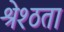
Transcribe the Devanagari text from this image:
श्रेश्ठता